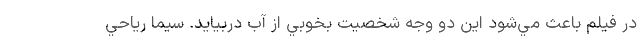
در فيلم باعث مي‌شود اين دو وجه شخصيت بخوبي از آب دربيايد. سيما رياحي